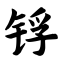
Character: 锊